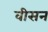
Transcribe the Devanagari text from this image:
वीसन